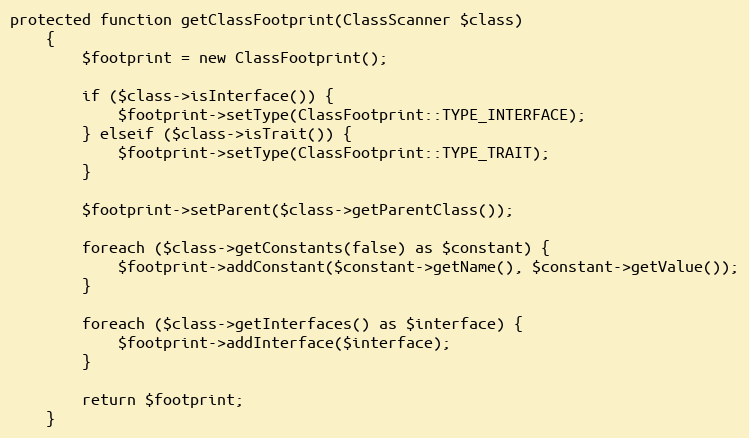
Language: PHP
protected function getClassFootprint(ClassScanner $class)
    {
        $footprint = new ClassFootprint();

        if ($class->isInterface()) {
            $footprint->setType(ClassFootprint::TYPE_INTERFACE);
        } elseif ($class->isTrait()) {
            $footprint->setType(ClassFootprint::TYPE_TRAIT);
        }

        $footprint->setParent($class->getParentClass());

        foreach ($class->getConstants(false) as $constant) {
            $footprint->addConstant($constant->getName(), $constant->getValue());
        }

        foreach ($class->getInterfaces() as $interface) {
            $footprint->addInterface($interface);
        }

        return $footprint;
    }